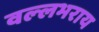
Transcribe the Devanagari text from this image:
वल्‍लभराय